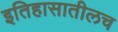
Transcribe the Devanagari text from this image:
इतिहासातीलच